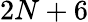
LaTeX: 2N+6